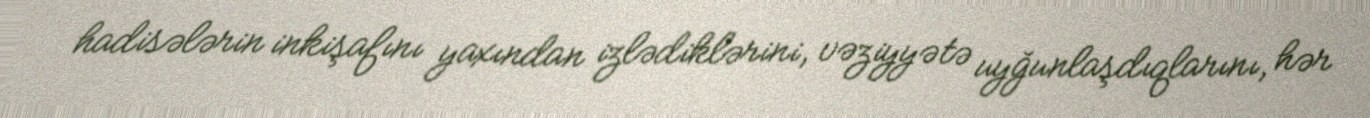
hadisələrin inkişafını yaxından izlədiklərini, vəziyyətə uyğunlaşdıqlarını, hər